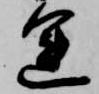
運